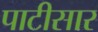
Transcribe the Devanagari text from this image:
पाटीसार